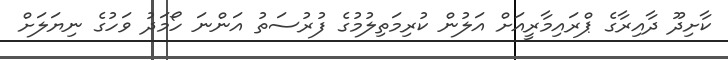
ކާށިދޫ ދާއިރާގެ ޕްރައިމާރީއަށް އަލުން ކުރިމަތިލުމުގެ ފުރުސަތު އަންނަ ހޯމަދު ވަހުގެ ނިޔަލަށް